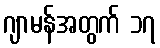
ဂျာမန်အတွက် ၁၇